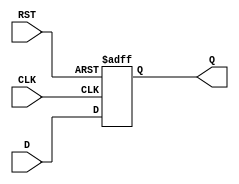
module IntermediateRegister #(
    parameter WIDTH = 8  // Parameter to define the width of the register
) (
    input wire [WIDTH-1:0] D,  // Data input
    input wire CLK,             // Clock input
    input wire RST,             // Asynchronous reset
    output reg [WIDTH-1:0] Q    // Data output
);

    // Asynchronous reset and synchronous capture on clock edge
    always @(posedge CLK or posedge RST) begin
        if (RST) begin
            Q <= {WIDTH{1'b0}};  // Clear the register to 0
        end else begin
            Q <= D;              // Capture the data on clock edge
        end
    end

endmodule